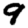
Digit: 9